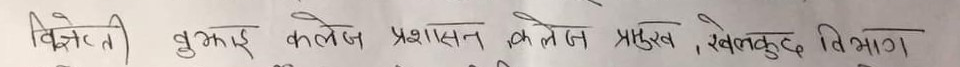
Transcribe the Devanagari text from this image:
विज्ञेती बुझाई कलेज प्रशासन कलेज प्रमुख, खेलकुद विभाग